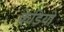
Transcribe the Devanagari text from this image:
केडियो